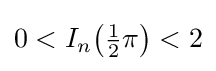
0<I_{n}{\bigl (}{\tfrac {1}{2}}\pi {\bigr )}<2